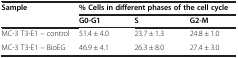
<table><thead><tr><td rowspan="2"><b>Sample</b></td><td colspan="3"><b>% Cells in different phases of the cell cycle</b></td></tr><tr><td><b>G0-G1</b></td><td><b>S</b></td><td><b>G2-M</b></td></tr></thead><tbody><tr><td>MC-3 T3-E1 – control</td><td>51.4 ± 4.0</td><td>23.7 ± 1.3</td><td>24.8 ± 1.0</td></tr><tr><td>MC-3 T3-E1 – BioEG</td><td>46.9 ± 4.1</td><td>26.3 ± 8.0</td><td>27.4 ± 3.0</td></tr></tbody></table>